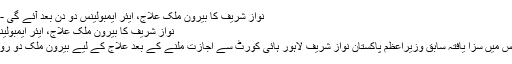
نواز شریف کا بیرون ملک علاج، ایئر ایمبولینس دو دن بعد آئے گی - Urdu Khabrain
نواز شریف کا بیرون ملک علاج، ایئر ایمبولینس دو دن بعد آئے گی
العزیزیہ اسٹیل ملز کیس میں سزا یافتہ سابق وزیراعظم پاکستان نواز شریف لاہور ہائی کورٹ سے اجازت ملنے کے بعد علاج کے لیے بیرون ملک دو روز بعد روانہ ہوں گے۔